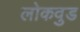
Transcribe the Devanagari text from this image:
लोकवुड